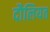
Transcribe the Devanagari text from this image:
दौलियत